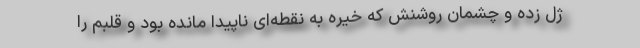
ژل زده و چشمان روشنش که خیره به نقطه‌ای ناپیدا مانده بود و قلبم را